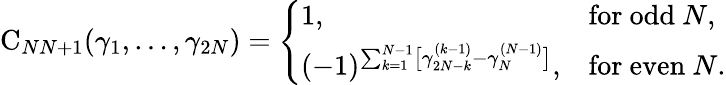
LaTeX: \begin{array}{r}{\mathrm C_{NN+1}(\gamma_{1},\dots,\gamma_{2N})=\left\{ \begin{array}{ll}{1,}&{\mathrm{for~odd}\ N,}\\ {(-1)^{\sum_{k=1}^{N-1}\bigl[\gamma_{2N-k}^{(k-1)}-\gamma_{N}^{(N-1)}\bigr]},}&{\mathrm{for~even}\ N.}\end{array}\right.}\end{array}